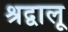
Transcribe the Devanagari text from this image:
श्रद्वालू